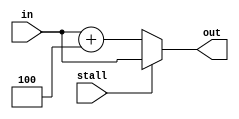
// Add.v

module Add4(
	input wire [31:0] in,
	input wire stall,
	output reg [31:0] out);
	
	always @* begin
		if (stall == 1'b0) begin
			out <= in + 4;
		end
		
		else begin
			out <= in;
		end
	end
endmodule